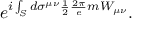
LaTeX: e ^ { i \int _ { S } d \sigma ^ { \mu \nu } \frac { 1 } { 2 } \frac { 2 \pi } { e } m W _ { \mu \nu } } .